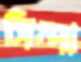
সিন্দা